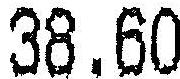
38.60